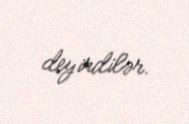
deyirdilər.